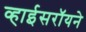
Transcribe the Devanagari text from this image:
व्हाईसरॉयने